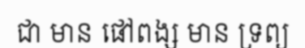
ជា មាន ផៅពង្ស មាន ទ្រព្យ